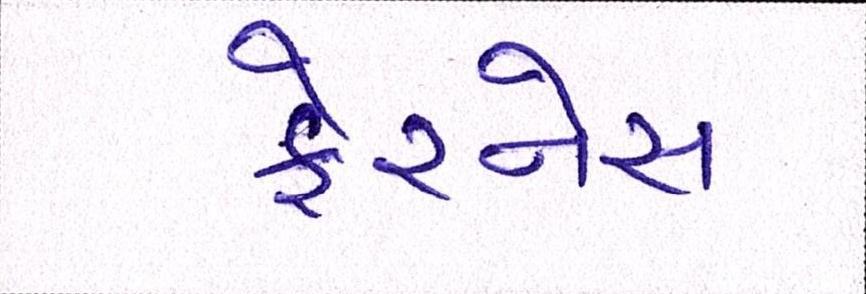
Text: ફેરનેસ